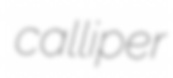
calliper